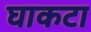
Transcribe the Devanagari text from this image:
घाकटा